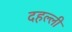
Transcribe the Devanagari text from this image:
दहल्ली